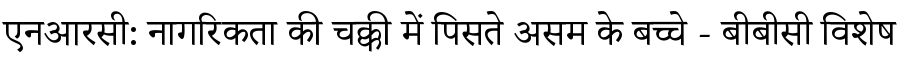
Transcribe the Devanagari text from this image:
एनआरसी: नागरिकता की चक्की में पिसते असम के बच्चे - बीबीसी विशेष